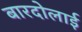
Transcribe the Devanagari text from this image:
बारदोलाई